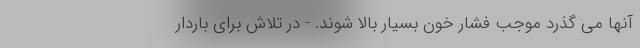
آنها می گذرد موجب فشار خون بسیار بالا شوند. - در تلاش برای باردار